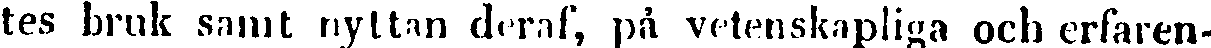
tes bruk samt nyttan deraf, på vetenskapliga och erfaren-